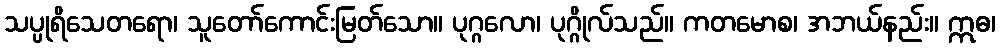
သပ္ပုရိသေတရော၊ သူတော်ကောင်းမြတ်သော။ ပုဂ္ဂလော၊ ပုဂ္ဂိုလ်သည်။ ကတမောစ၊ အဘယ်နည်း။ ဣဓ၊